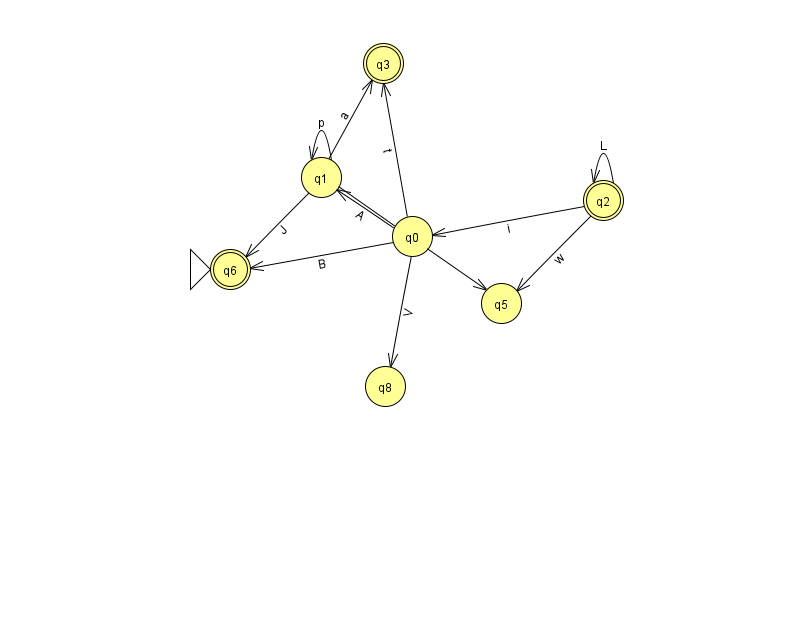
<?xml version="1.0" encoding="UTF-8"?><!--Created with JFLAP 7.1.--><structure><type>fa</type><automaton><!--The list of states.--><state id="0" name="q0"><x>412.0</x><y>223.0</y></state><state id="1" name="q1"><x>321.0</x><y>164.0</y></state><state id="2" name="q2"><x>603.0</x><y>187.0</y><final/></state><state id="3" name="q3"><x>383.0</x><y>50.0</y><final/></state><state id="5" name="q5"><x>501.0</x><y>290.0</y></state><state id="6" name="q6"><x>230.0</x><y>256.0</y><initial/><final/></state><state id="8" name="q8"><x>385.0</x><y>373.0</y></state><!--The list of transitions.--><transition><from>0</from><to>8</to><read>V</read></transition><transition><from>1</from><to>1</to><read>p</read></transition><transition><from>1</from><to>6</to><read>J</read></transition><transition><from>2</from><to>0</to><read>i</read></transition><transition><from>2</from><to>5</to><read>w</read></transition><transition><from>0</from><to>6</to><read>B</read></transition><transition><from>0</from><to>3</to><read>t</read></transition><transition><from>1</from><to>5</to><read>O</read></transition><transition><from>2</from><to>2</to><read>L</read></transition><transition><from>0</from><to>1</to><read>A</read></transition><transition><from>1</from><to>3</to><read>a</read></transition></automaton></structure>